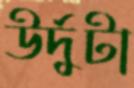
উর্দুটা